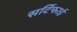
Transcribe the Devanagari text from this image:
सर्टिफाई